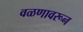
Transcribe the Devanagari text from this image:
वळणावरून